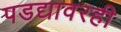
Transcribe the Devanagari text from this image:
पडद्यावरही